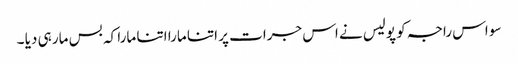
سو اس راجہ کو پولیس نے اس جرات پر اتنا مارا اتنا مارا کہ بس مار ہی دیا ۔